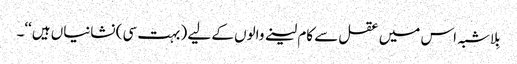
بِلاشبہ اس میں عقل سے کام لینے والوں کے لیے (بہت سی) نشانیاں ہیں‘‘۔